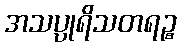
အသပ္ပုရိသတရဉ္စ